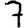
Digit: 7